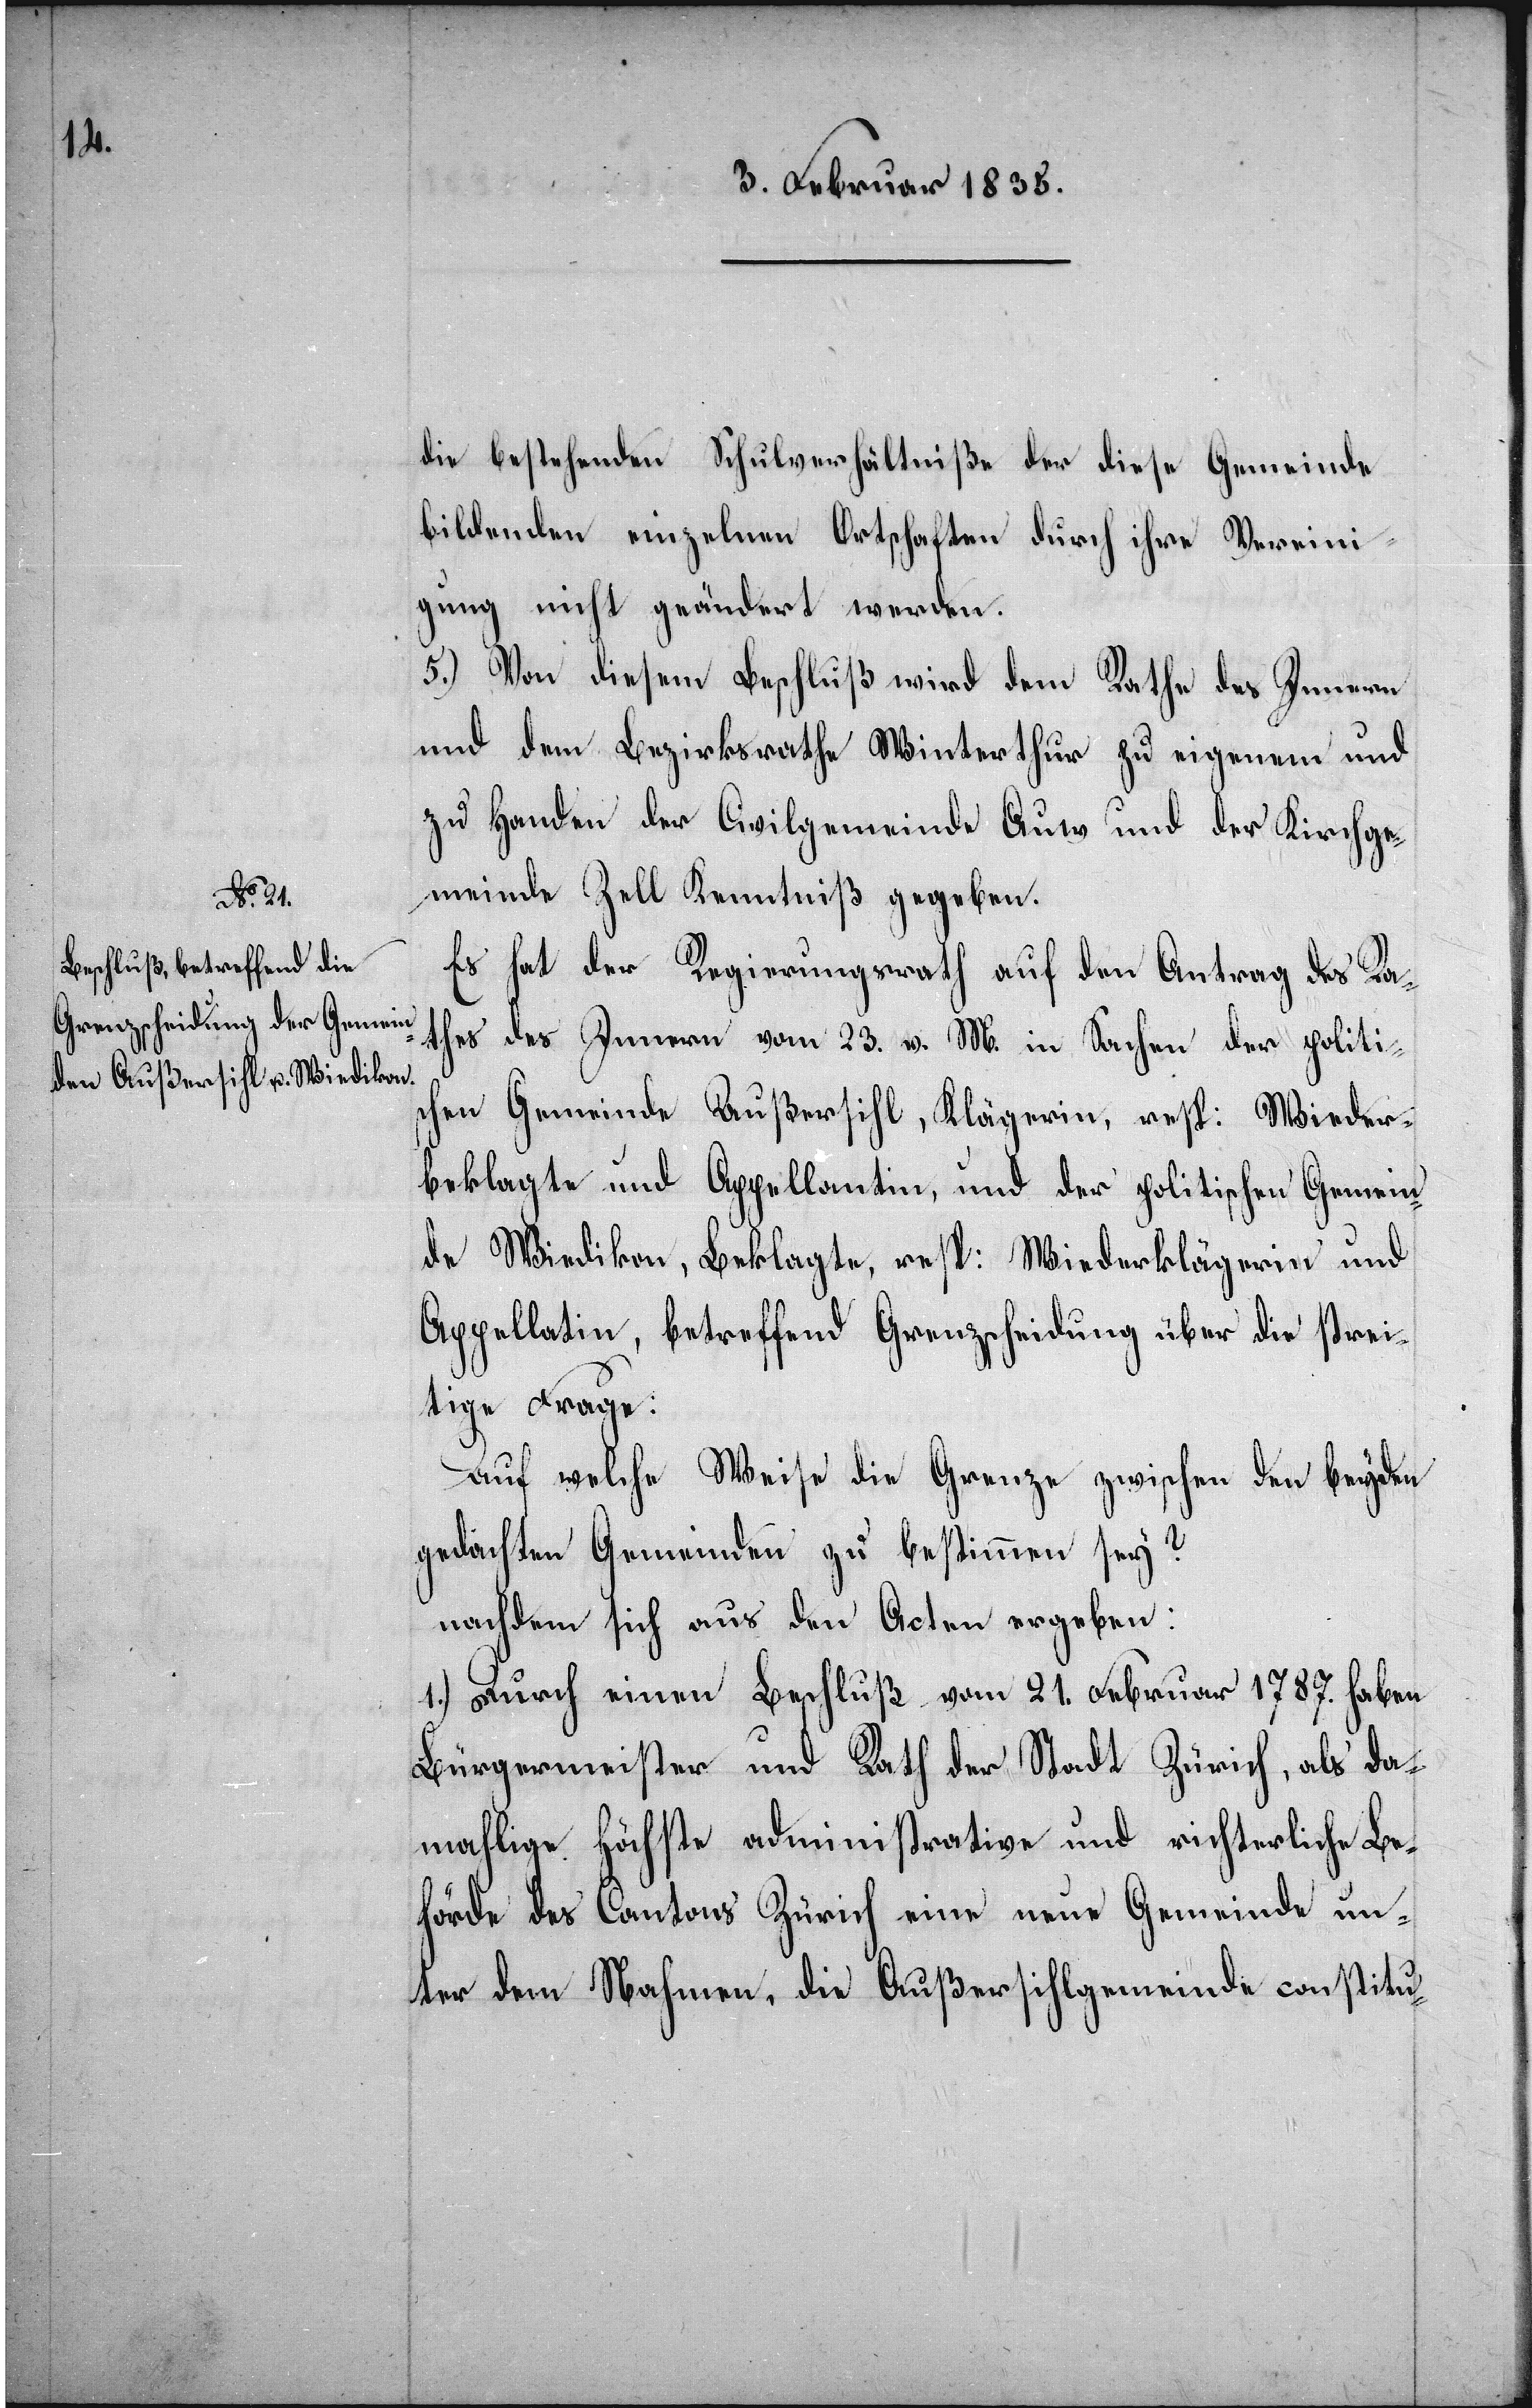
die bestehenden Schulverhältniße der diese Gemeinde
bildenden einzelnen Ortschaften durch ihre Vereini¬
gung nicht geändert werden.
5.) Von diesem Beschluß wird dem Rathe des Innern
und dem Bezirksrathe Winterthur zu eigenem und
zu Handen der Civilgemeinde Auw und der Kirchge¬
meinde Zell Kenntniß gegeben.
Es hat der Regierungsrath auf den Antrag des Ra¬
thes des Innern vom 23. v. M. in Sachen der politi¬
schen Gemeinde Außersihl, Klägerin, resp: Wieder¬
beklagte und Appellantin, und der politischen Gemein¬
de Wiedikon, Beklagte, resp: Wiederklägerin und
Appellatin, betreffend Grenzscheidung über die strei¬
tige Frage:
Auf welche Weise die Grenze zwischen den beyden
gedachten Gemeinden zu bestimmen sey?
nachdem sich aus den Acten ergeben:
1.) Durch einen Beschluß vom 21. Februar 1787. haben
Bürgermeister und Rath der Stadt Zürich, als da¬
mahlige Höchste administrative und richterliche Be¬
hörde des Cantons Zürich eine neue Gemeinde un¬
ter dem Nahmen, die Außersihlgemeinde constitu-